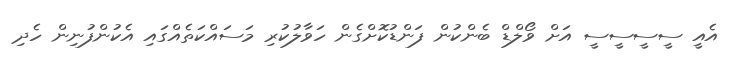
އެއީ ސީސީސީސީ އަށް ވޯލްޑް ބެންކުން ފަންޑުކޮށްގެން ހަވާލުކުރި މަސައްކަތެއްގައި އެކުންފުނިން ހެދި